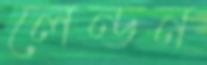
লেন্ডন